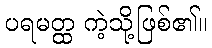
ပရမတ္ထ ကဲ့သို့ဖြစ်၏။